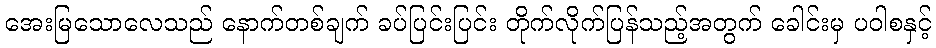
အေးမြသောလေသည် နောက်တစ်ချက် ခပ်ပြင်းပြင်း တိုက်လိုက်ပြန်သည့်အတွက် ခေါင်းမှ ပဝါစနှင့်